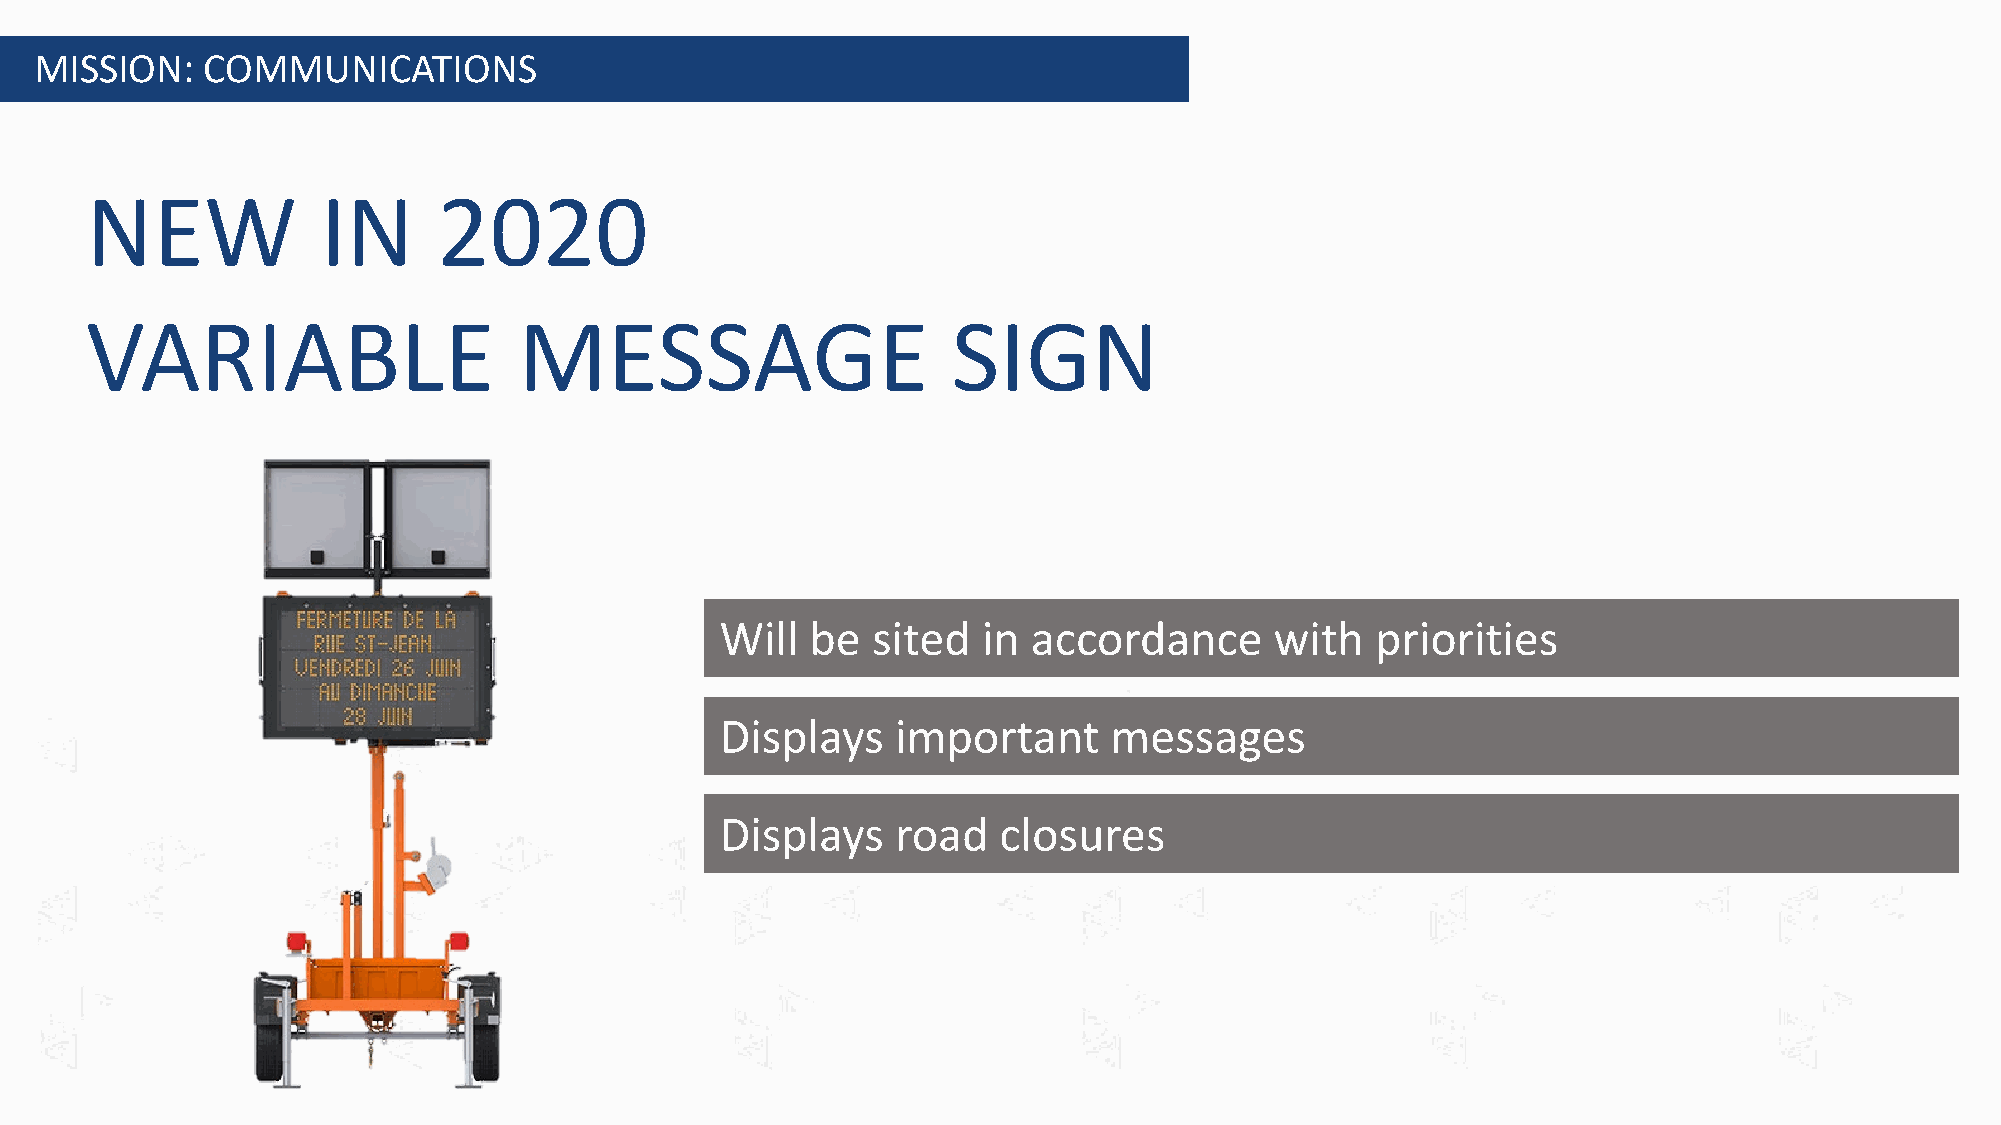
MISSION:   COMMUNICATIONS
 NEW            IN      2020
 VARIABLE                    MESSAGE                      SIGN
 Will  be  sited  in accordance      with   priorities
 Displays   important     messages
 Displays   road   closures